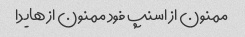
ممنون از اسنپ فود ممنون از هایدا